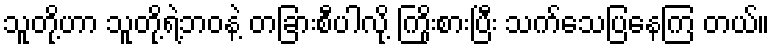
သူတို့ဟာ သူတို့ရဲ့ဘဝနဲ့ တခြားစီပါလို့ ကြိုးစားပြီး သက်သေပြနေကြ တယ်။